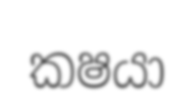
කෂයා